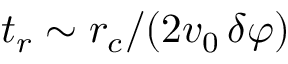
t _ { r } \sim r _ { c } / ( 2 v _ { 0 } \, \delta \varphi )